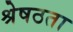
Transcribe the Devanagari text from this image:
श्रेषठता